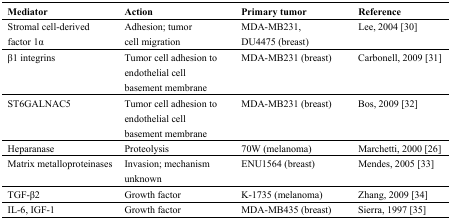
<table><thead><tr><td><b>Mediator</b></td><td><b>Action</b></td><td><b>Primary tumor</b></td><td><b>Reference</b></td></tr></thead><tbody><tr><td>Stromal cell-derived factor 1α</td><td>Adhesion; tumor cell migration</td><td>MDA-MB231, DU4475 (breast)</td><td>Lee, 2004 [30]</td></tr><tr><td>β1 integrins</td><td>Tumor cell adhesion to endothelial cell basement membrane</td><td>MDA-MB231 (breast)</td><td>Carbonell, 2009 [31]</td></tr><tr><td>ST6GALNAC5</td><td>Tumor cell adhesion to endothelial cell basement membrane</td><td>MDA-MB231 (breast)</td><td>Bos, 2009 [32]</td></tr><tr><td>Heparanase</td><td>Proteolysis</td><td>70W (melanoma)</td><td>Marchetti, 2000 [26]</td></tr><tr><td>Matrix metalloproteinases</td><td>Invasion; mechanism unknown</td><td>ENU1564 (breast)</td><td>Mendes, 2005 [33]</td></tr><tr><td>TGF-β2</td><td>Growth factor</td><td>K-1735 (melanoma)</td><td>Zhang, 2009 [34]</td></tr><tr><td>IL-6, IGF-1</td><td>Growth factor</td><td>MDA-MB435 (breast)</td><td>Sierra, 1997 [35]</td></tr></tbody></table>